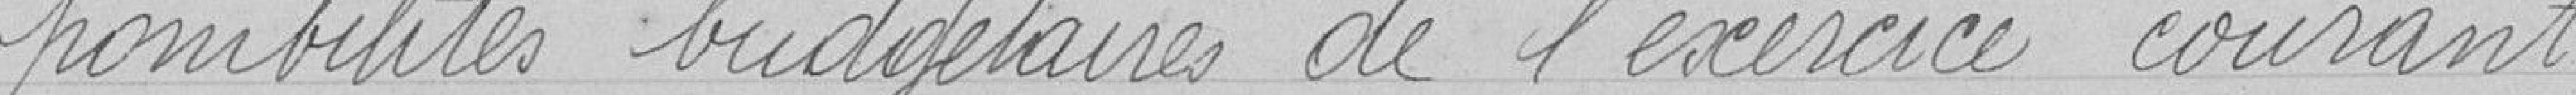
ponibilités budgétaires de l'exercice courant.